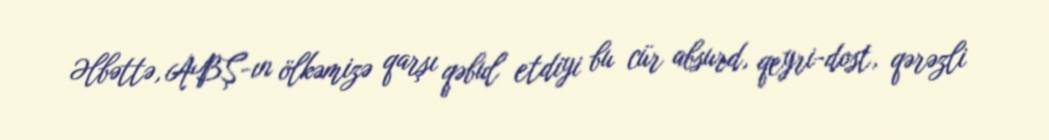
Əlbəttə, ABŞ-ın ölkəmizə qarşı qəbul etdiyi bu cür absurd, qeyri-dost, qərəzli